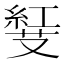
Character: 𠮅